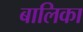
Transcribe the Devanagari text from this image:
बालिका